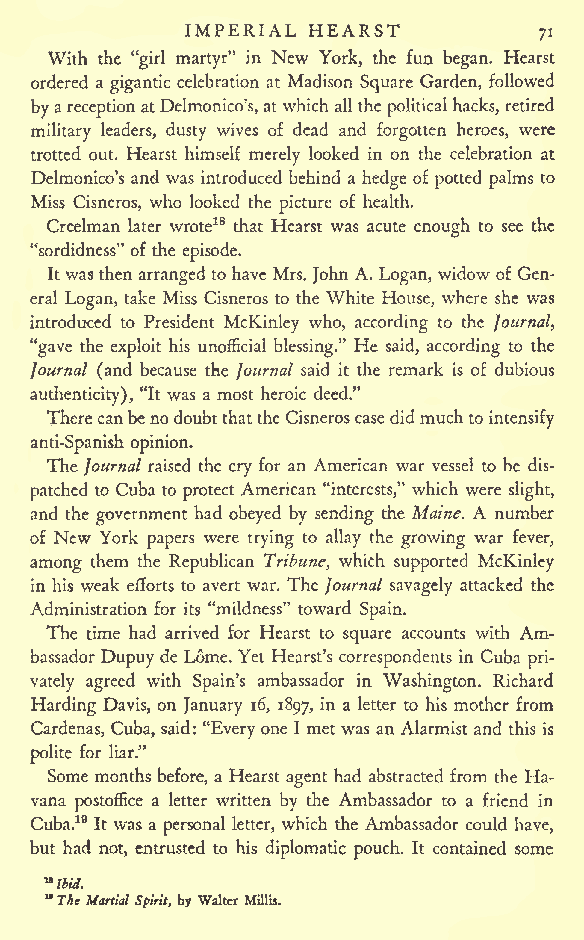
IMPERIAL HEARST
 71
 With the "girl martyr" in New York, the fun began. Hearst
 ordered a gigantic celebration at Madison Square Garden, followed
 byareceptionatDelmonico's,atwhich all the politicalhacks, retired
 military leaders, dusty wives of dead and forgotten heroes, were
 trotted out. Hearst himself merely looked in on the celebration at
 Delmonico's and was introduced behind a hedge of potted palms to
 Miss Cisneros, who looked the picture of health.
 Creelman later wrote18 that Hearst was acute enough to see the
 "sordidness" of the episode.
 Itwasthen arranged to have Mrs. John A. Logan, widow of Gen-
 eral Logan, take Miss Cisneros to the White House, where she was
 introduced to President McKinley who, according to the Journal,
 "gave the exploit his unofficial blessing." He said, according to the
 Journal (and because the Journal said it the remark is of dubious
 authenticity), "It was a most heroic deed."
 Therecanbenodoubtthatthe Cisneroscasedidmuchto
 intensify
 anti-Spanish opinion.
 The Journal raised the cry for an American war vessel to be dis-
 patched to Cuba to protect American "interests," which were slight,
 and the government had obeyed by sending the Maine. A number
 of New York papers were trying to allay the growing war fever,
 among them the Republican Tribune, which supported McKinley
 in his weak efforts to avert war. The Journal savagely attacked the
 Administration for its "mildness" toward Spain.
 The time had arrived for Hearst to square accounts with Am-
 bassador Dupuy de Lome. Yet Hearst's correspondents in Cuba pri-
 vately agreed with Spain's ambassador in Washington. Richard
 Harding Davis, on January 16, 1897, in a letter to his mother from
 Cardenas, Cuba, said: "Every one I metwas an Alarmist and this is
 polite for liar."
 Some monthsbefore, a Hearst agent had abstracted from the Ha-
 vana postoffice a letter written by the Ambassador to a friend in
 Cuba.19 It was a personal letter, which the Ambassador could have,
 but had not, entrusted to his diplomatic pouch. It contained some
 "ibid.
 M
 The MartialSpirit, by Walter Millis.